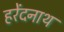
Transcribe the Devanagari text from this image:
हरेंदनाथ